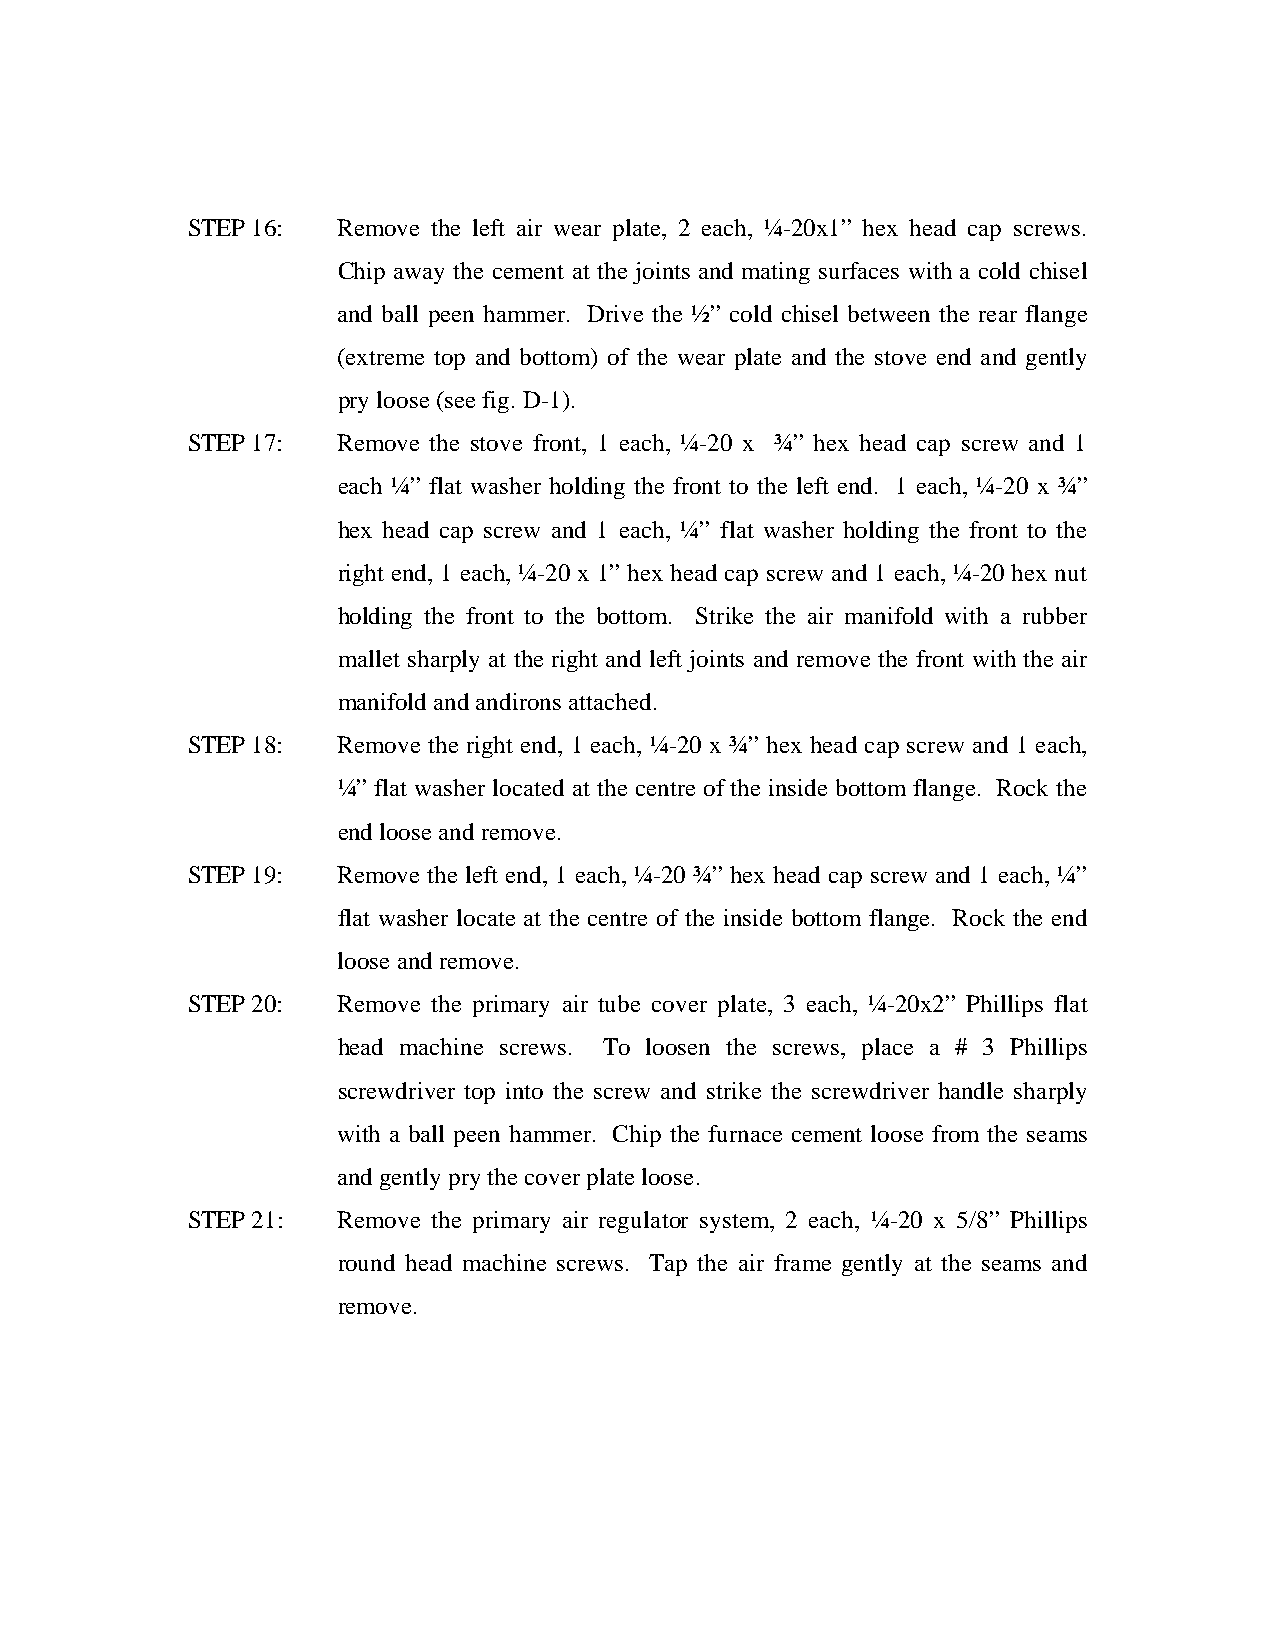
STEP 16:  Remove the left air wear plate, 2 each, ¼-20x1” hex head cap screws.
 Chip away the cement at the joints and mating surfaces with a cold chisel
 and ball peen hammer. Drive the ½” cold chisel between the rear flange
 (extreme top and bottom) of the wear plate and the stove end and gently
 pry loose (see fig. D-1).
 STEP 17:  Remove the stove front, 1 each, ¼-20 x ¾” hex head cap screw and 1
 each ¼” flat washer holding the front to the left end. 1 each, ¼-20 x ¾”
 hex head cap screw and 1 each, ¼” flat washer holding the front to the
 right end, 1 each, ¼-20 x 1” hex head cap screw and 1 each, ¼-20 hex nut
 holding the front to the bottom. Strike the air manifold with a rubber
 mallet sharply at the right and left joints and remove the front with the air
 manifold and andirons attached.
 STEP 18:  Remove the right end, 1 each, ¼-20 x ¾” hex head cap screw and 1 each,
 ¼” flat washer located at the centre of the inside bottom flange. Rock the
 end loose and remove.
 STEP 19:  Remove the left end, 1 each, ¼-20 ¾” hex head cap screw and 1 each, ¼”
 flat washer locate at the centre of the inside bottom flange. Rock the end
 loose and remove.
 STEP 20:  Remove the primary air tube cover plate, 3 each, ¼-20x2” Phillips flat
 head machine screws. To loosen the screws, place a # 3 Phillips
 screwdriver top into the screw and strike the screwdriver handle sharply
 with a ball peen hammer. Chip the furnace cement loose from the seams
 and gently pry the cover plate loose.
 STEP 21:  Remove the primary air regulator system, 2 each, ¼-20 x 5/8” Phillips
 round head machine screws. Tap the air frame gently at the seams and
 remove.